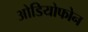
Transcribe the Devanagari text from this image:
ओडियोफोन